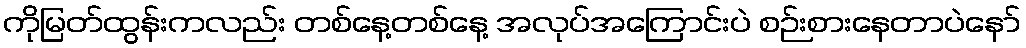
ကိုမြတ်ထွန်းကလည်း တစ်နေ့တစ်နေ့ အလုပ်အကြောင်းပဲ စဉ်းစားနေတာပဲနော်